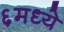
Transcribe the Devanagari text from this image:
६मध्ये